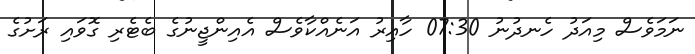
ނަމަވެސް މިއަދު ހެނދުނު 07:30 ހާއިރު އަނެއްކާވެސް އެއިންޖީނުގެ ބެޓެރި ގޮވައި ރަށުގެ